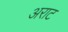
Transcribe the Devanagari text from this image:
अराट